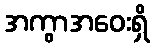
အကွာအဝေးရှိ